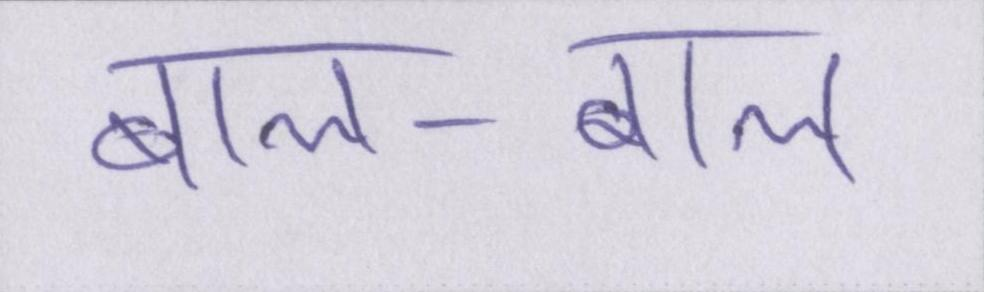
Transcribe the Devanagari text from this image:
बाल-बाल